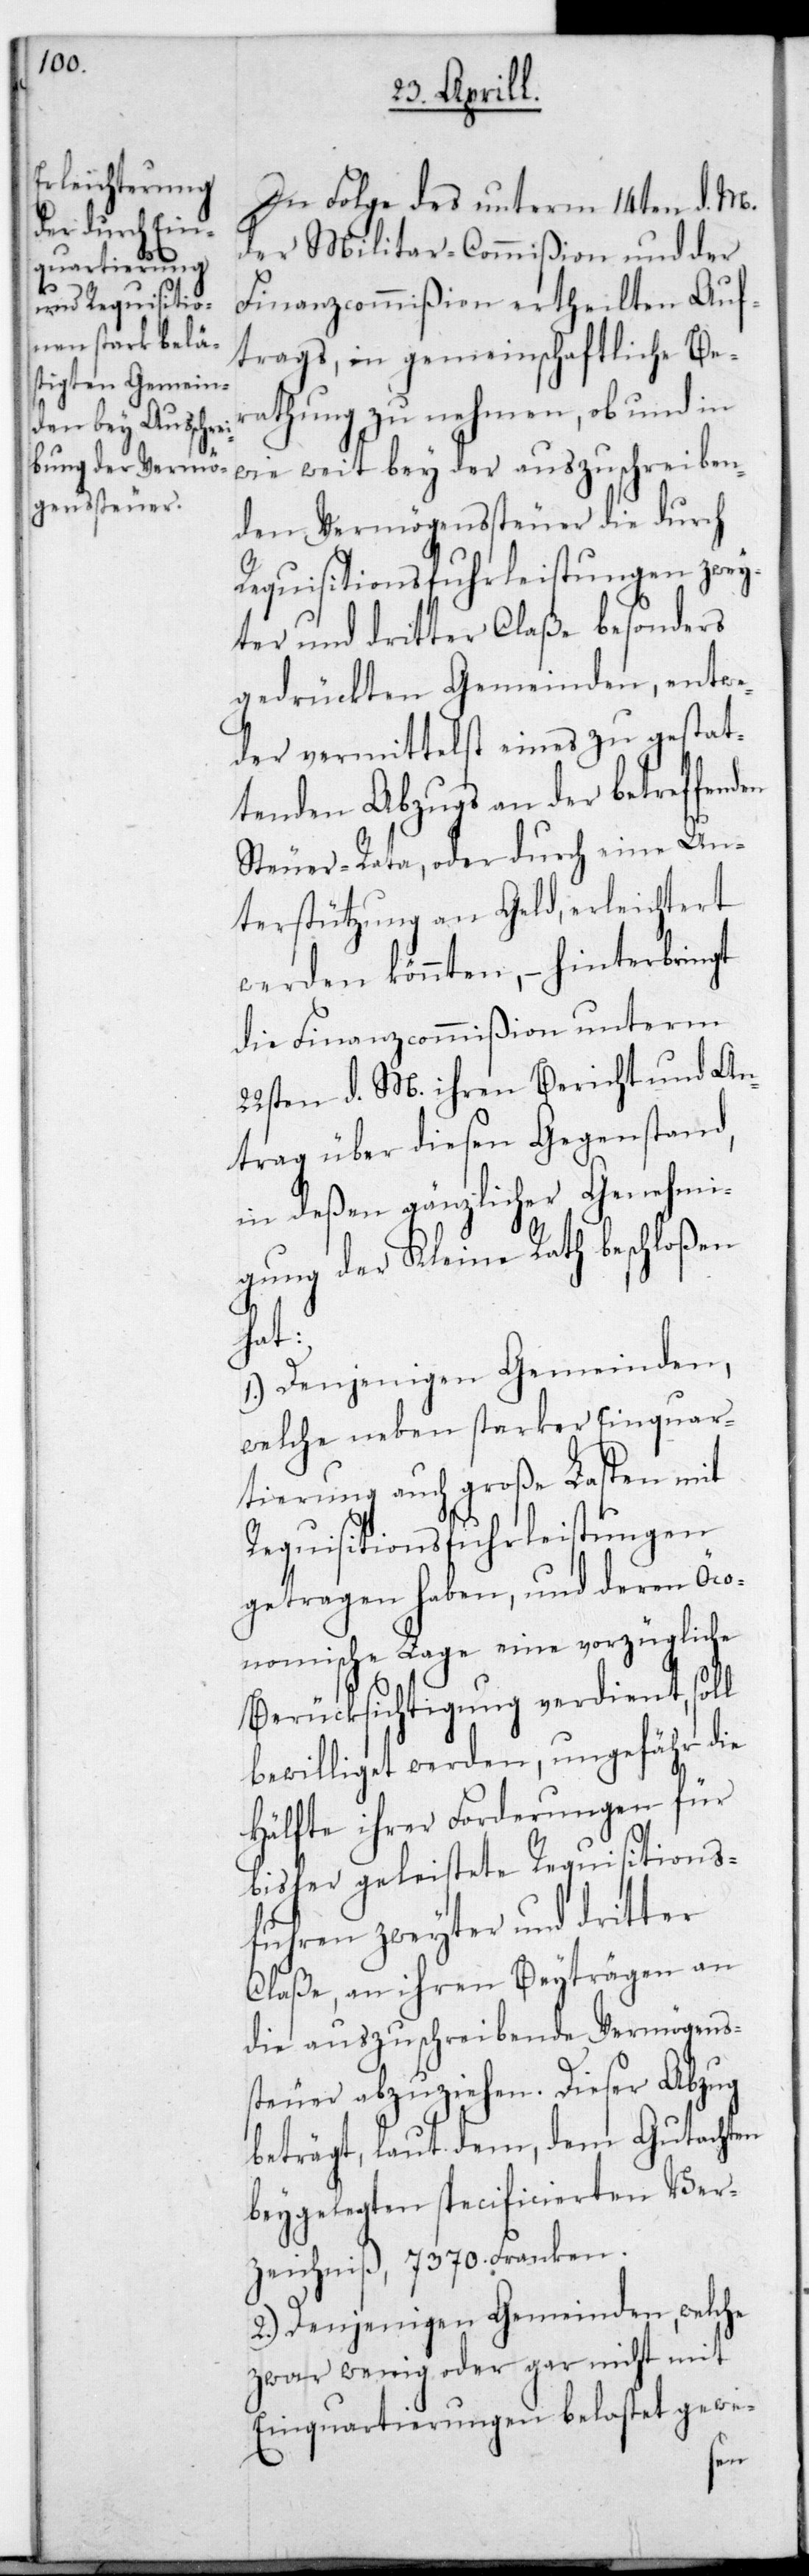
In Folge des unterm 14ten d. M.
der Militar-Commißion und der
Finanzcommißion ertheilten Auf¬
trags, in gemeinschaftliche Ber¬
athung zu nehmen, ob und in
wie weit bey der auszuschreiben¬
den Vermögenssteuer die durch
Requisitionsfuhrleistungen zwey¬
ter und dritter Claße besonders
gedrückten Gemeinden, entwe¬
der vermittelst eines zu gestat¬
tenden Abzugs an der betreffenden
Steuer-Rata, oder durch eine Un¬
terstützung an Geld, erleichtert
werden könnten, – hinterbringt
die Finanzcommißion unterm
22sten d. M. ihren Bericht und An¬
trag über diesen Gegenstand,
in deßen gänzlicher Genehmi¬
gung der Kleine Rath beschloßen
hat:
1.) Denjenigen Gemeinden,
welche neben starker Einquar¬
tierung auch große Lasten mit
Requisitions-Fuhrleistungen
getragen haben, und deren öco¬
nomische Lage eine vorzügliche
Berücksichtigung verdient, soll
bewilliget werden, ungefähr die
Hälfte ihrer Forderungen für
bisher geleistete Requisitons¬
fuhren zweyter und dritter
Claße, an ihren Beyträgen an
die auszuschreibende Vermögens¬
steuer abzuziehen. Dieser Abzug
beträgt, laut dem, dem Gutachten
beygelegten specificierten Ver¬
zeichniß, 7370. Franken.
2.) Denjenigen Gemeinden, welche
zwar wenig oder gar nicht mit
Einquartierungen belastet gewe-